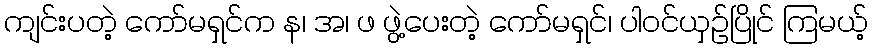
ကျင်းပတဲ့ ကော်မရှင်က န၊ အ၊ ဖ ဖွဲ့ပေးတဲ့ ကော်မရှင်၊ ပါဝင်ယှဉ်ပြိုင် ကြမယ့်